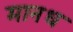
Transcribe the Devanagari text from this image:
मानध